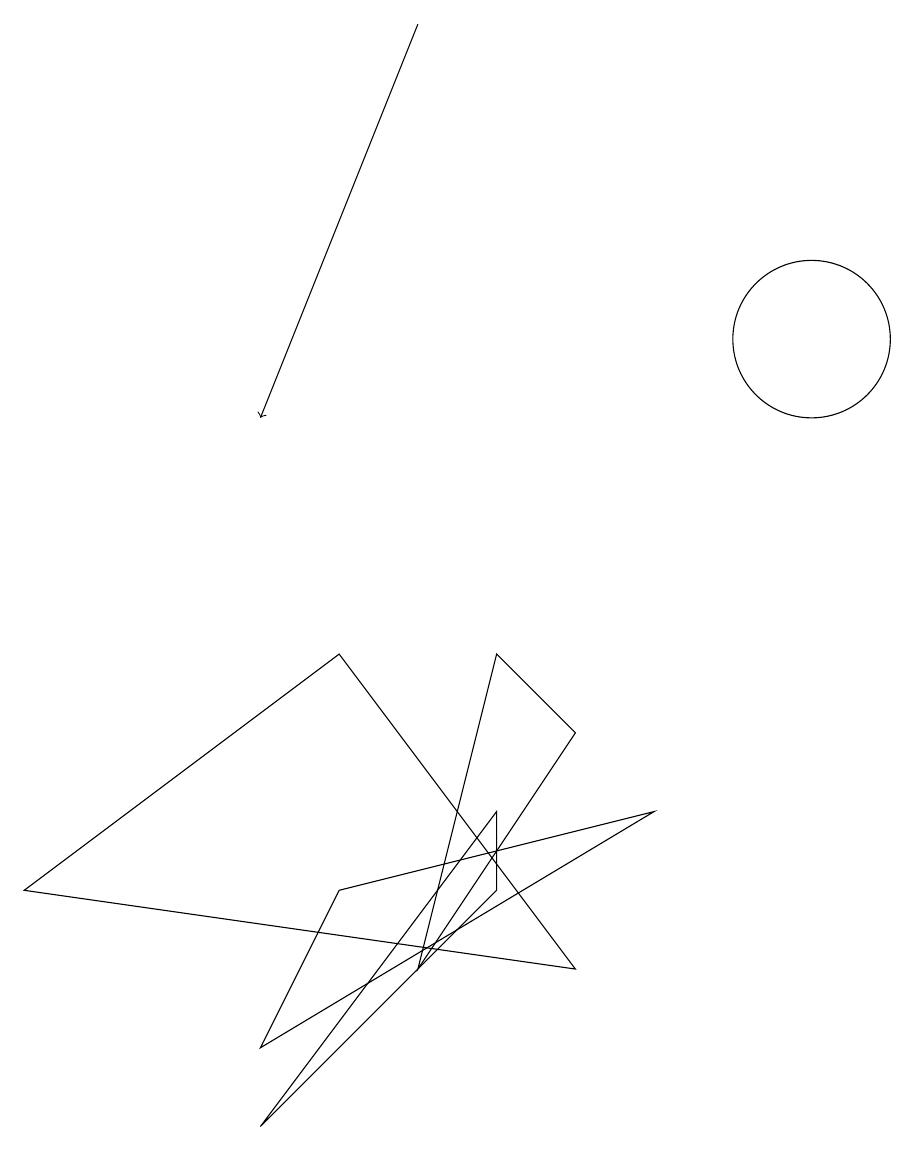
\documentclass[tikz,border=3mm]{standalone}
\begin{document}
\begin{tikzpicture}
\draw (9,5) -- (4,2) -- (5,4) -- cycle;
\draw (8,3) -- (1,4) -- (5,7) -- cycle;
\draw (6,3) -- (7,7) -- (8,6) -- cycle;
\draw (7,5) -- (7,4) -- (4,1) -- cycle;
\draw (11,11) circle (1);
\draw[->] (6,15) -- (4,10);
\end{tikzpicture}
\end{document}